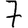
Digit: 7